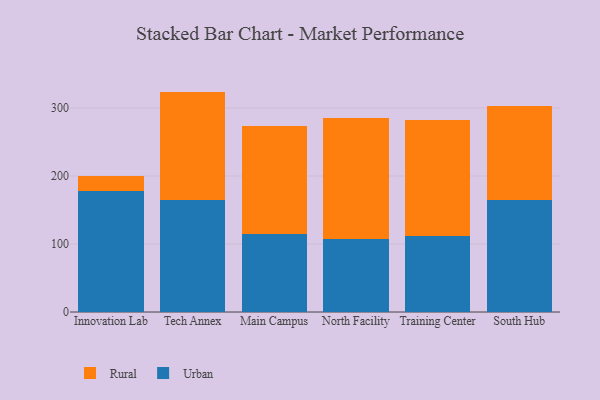
{"axis": {"x": "Campus", "y": "Customer Acquisition Cost (USD)"}, "legend": ["Rural", "Urban"], "data": [{"x": "Innovation Lab", "y": 177.5, "type": "Urban"}, {"x": "Innovation Lab", "y": 21.9, "type": "Rural"}, {"x": "Tech Annex", "y": 164.8, "type": "Urban"}, {"x": "Tech Annex", "y": 159.3, "type": "Rural"}, {"x": "Main Campus", "y": 114.6, "type": "Urban"}, {"x": "Main Campus", "y": 158.5, "type": "Rural"}, {"x": "North Facility", "y": 107.1, "type": "Urban"}, {"x": "North Facility", "y": 177.7, "type": "Rural"}, {"x": "Training Center", "y": 112.1, "type": "Urban"}, {"x": "Training Center", "y": 170.9, "type": "Rural"}, {"x": "South Hub", "y": 164.7, "type": "Urban"}, {"x": "South Hub", "y": 138.9, "type": "Rural"}]}